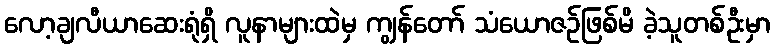
လော့ချလီယာဆေးရုံရှိ လူနာများထဲမှ ကျွန်တော် သံယောဇဉ်ဖြစ်မိ ခဲ့သူတစ်ဦးမှာ